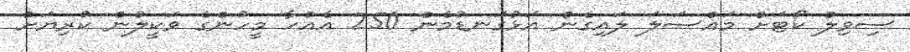
ސިވިލް ކޯޓަށް މައްސަލަ ލައިގެން އަޅުގަނޑުމެން 250 އެއްހާ މީހުންގެ ވަކީލުން ކުރިޔަށް